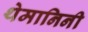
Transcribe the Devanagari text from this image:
थेमानिनी